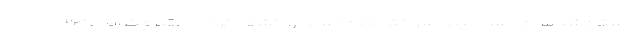
باستان‌شناسان جسد نیمه سوخته ۲۳۰۰ساله را کشف کردند مقبره کمیاب ۲۳